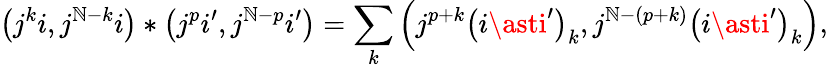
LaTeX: \left(j^{k}i,j^{\mathbb{N}-k}i\right)\ast\left(j^{p}i^{\prime},j^{\mathbb{N}-p}i^{\prime}\right)=\sum_{k}\left(j^{p+k}\left(i\asti^{\prime}\right)_{k},j^{\mathbb{N}-\left(p+k\right)}\left(i\asti^{\prime}\right)_{k}\right),